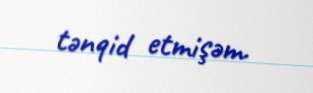
tənqid etmişəm.